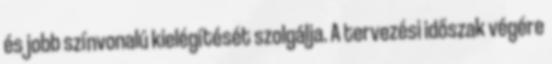
és jobb színvonalú kielégítését szolgálja. A tervezési időszak végére